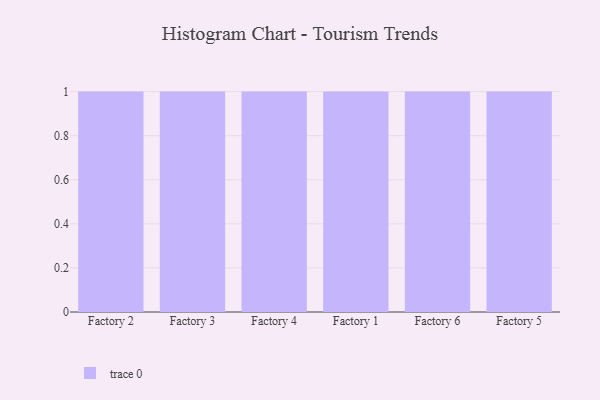
{"axis": {"x": "Factory", "y": "Population (Million)"}, "legend": [""], "data": [{"x": "Factory 2", "y": 83, "type": ""}, {"x": "Factory 3", "y": 56, "type": ""}, {"x": "Factory 4", "y": 77, "type": ""}, {"x": "Factory 1", "y": 35, "type": ""}, {"x": "Factory 6", "y": 47, "type": ""}, {"x": "Factory 5", "y": 38, "type": ""}]}